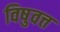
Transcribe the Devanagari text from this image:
विषुवत्त